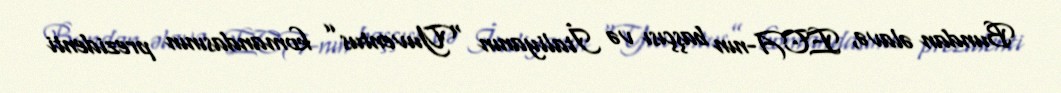
Bundan əlavə, ECA-nın başçısı və İtaliyanın “Yuventus” komandasının prezidenti